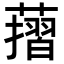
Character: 𦾬